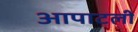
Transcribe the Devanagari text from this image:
आपाटली